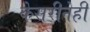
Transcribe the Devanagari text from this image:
केसरीनेही